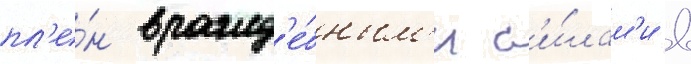
пл'е́н вражд'е́бным'и с'и́лам'и в